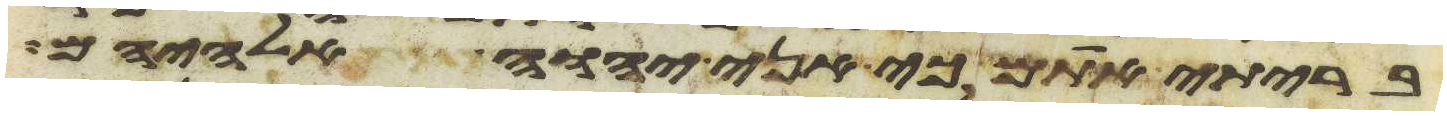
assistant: בריתי אתם כי אני יהוה אלהיהם